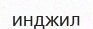
инджил